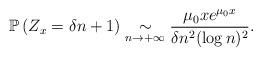
LaTeX: \begin{align*}\mathbb{P}\left(Z_x=\delta n+1\right)\underset{n\rightarrow+\infty}{\sim} \frac{\mu_0xe^{\mu_0 x}}{\delta n^2(\log n)^2}.\end{align*}